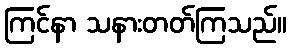
ကြင်နာ သနားတတ်ကြသည်။